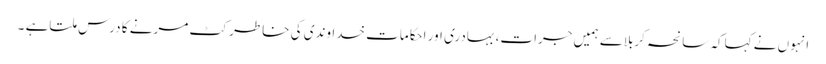
انہوں نے کہاکہ سانحہ کربلاسے ہمیں جرات،بہادری اور احکامات خداوندی کی خاطر کٹ مرنے کا درس ملتاہے ۔